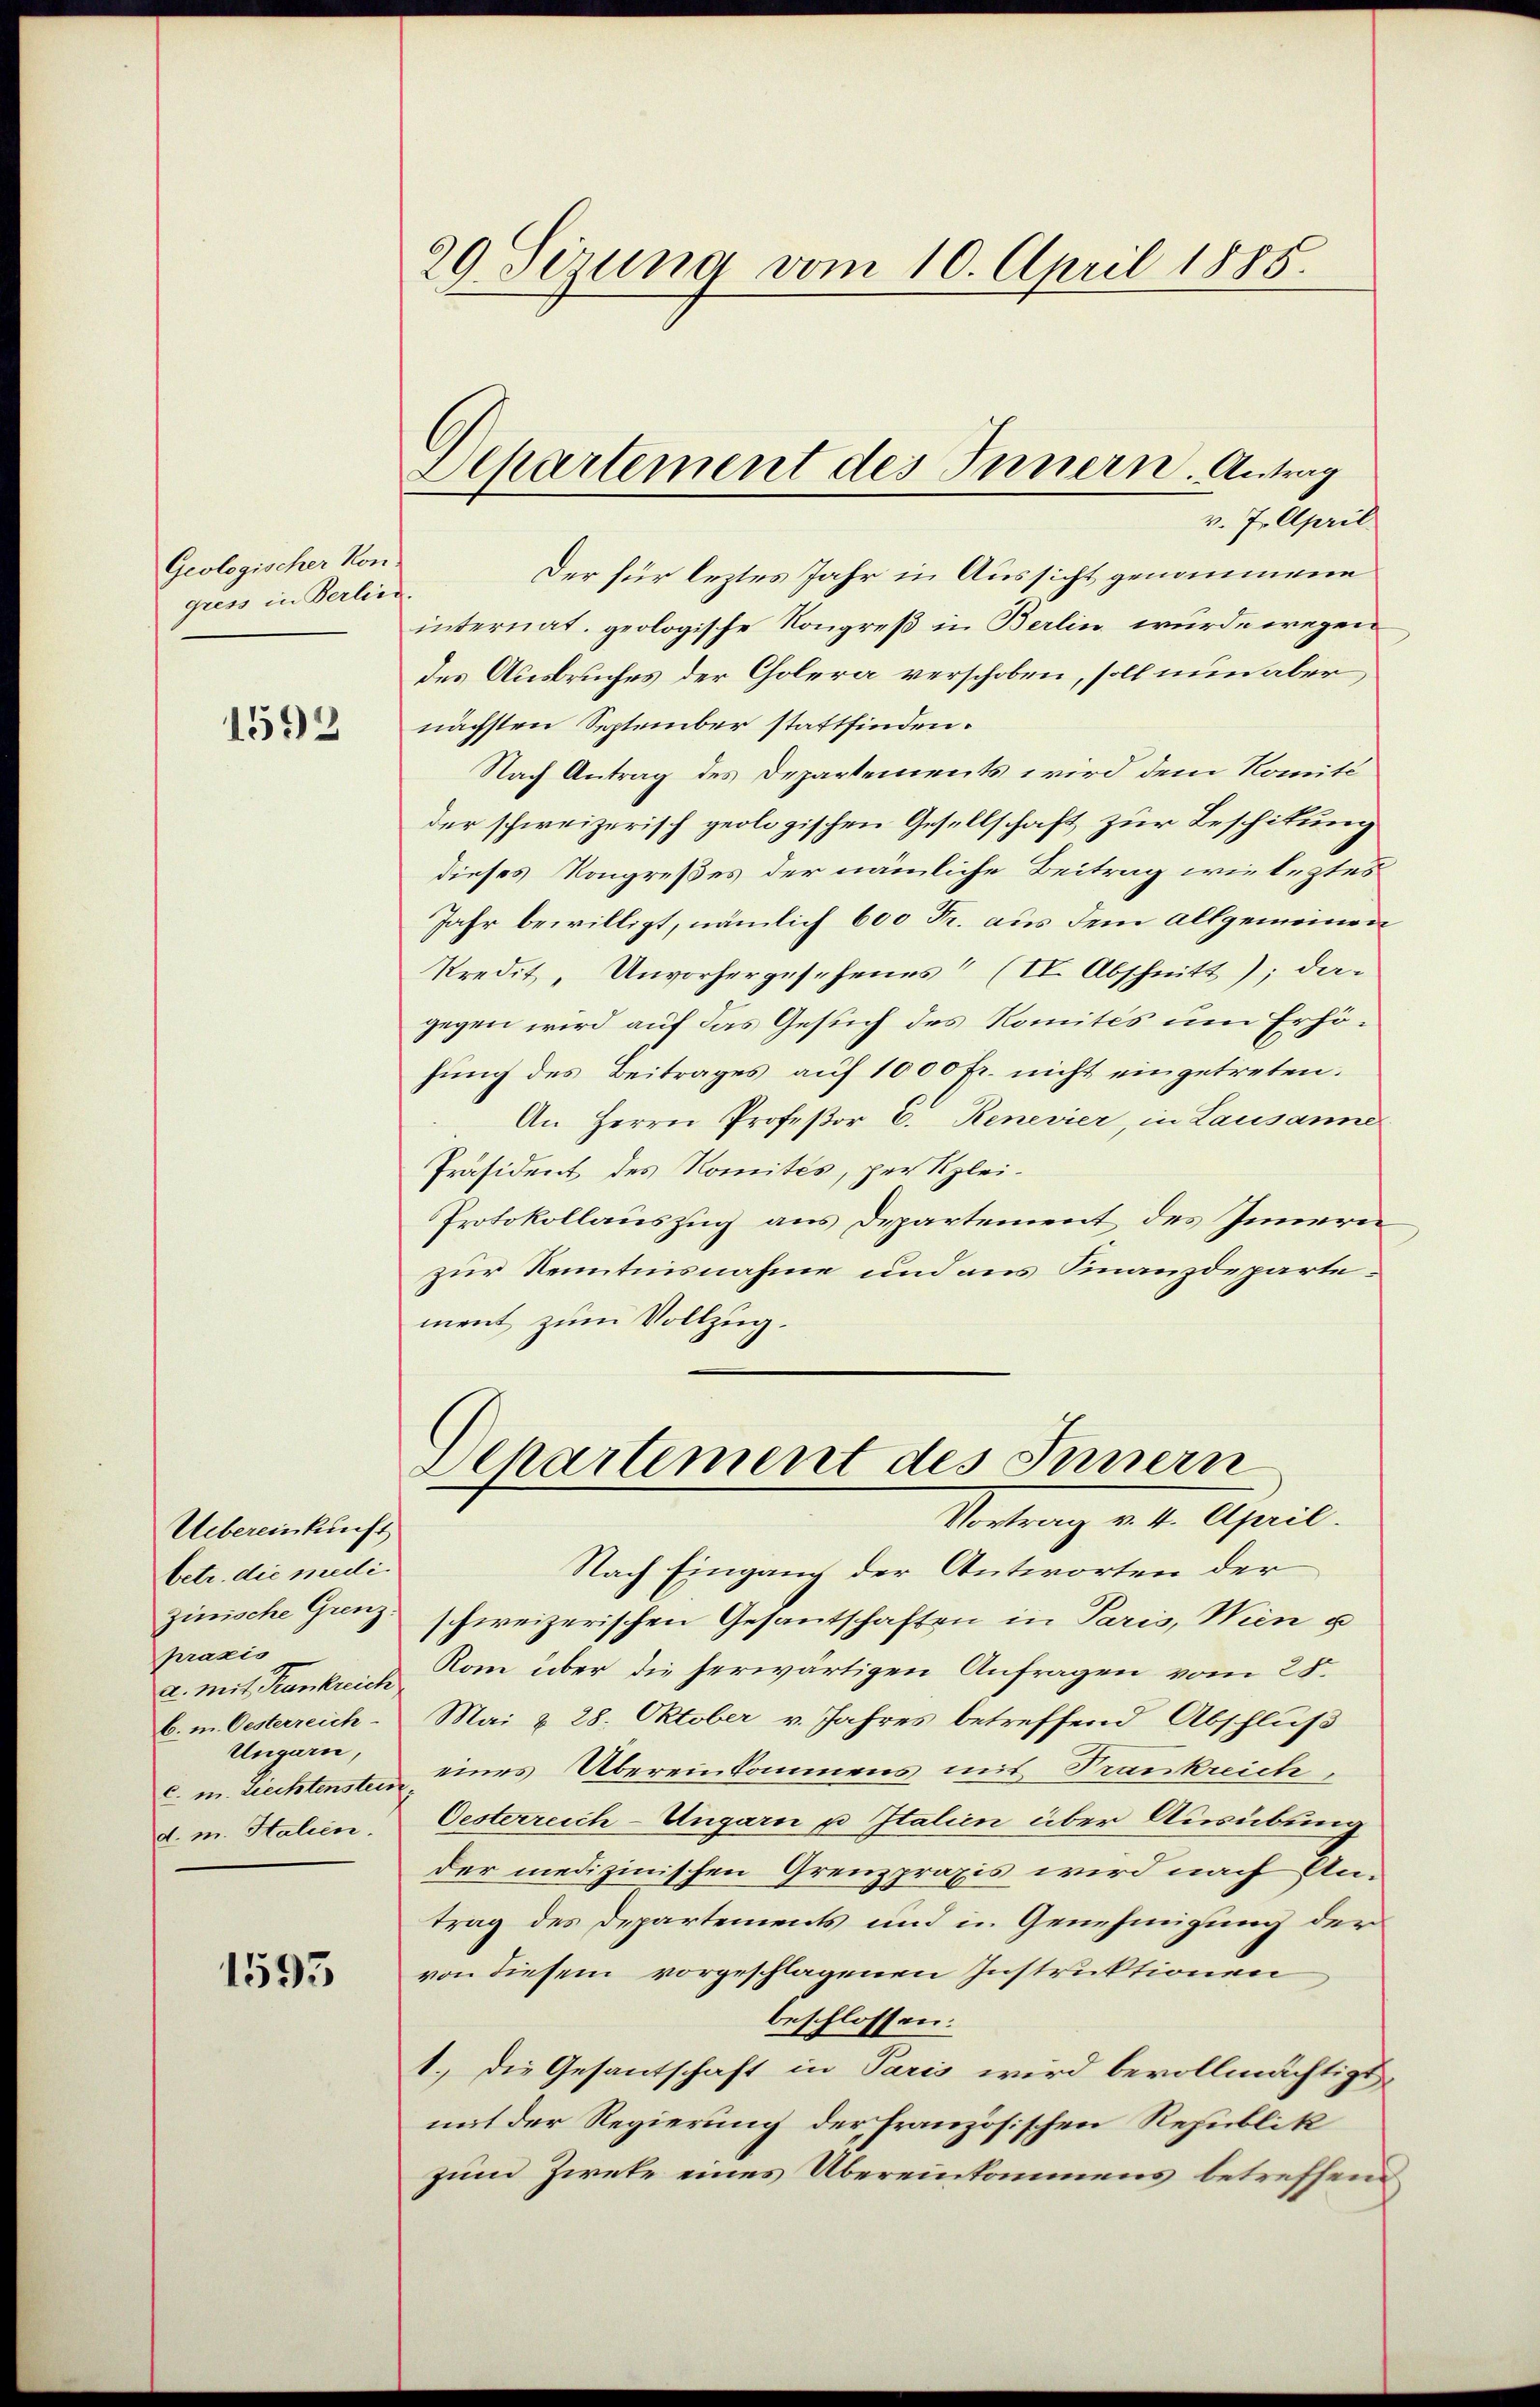
Geologischer Kon
giess in Verlied

1592

Uebereinkunft
betr. die medi
zinische Grenz.
praxis
b. m. Oesterreich
Ungarn,
d. m. Stalien.

1595

29 Sizung vom 10. April 1885.

v. 7. April
Der für leztes Jahr in Aussicht genommene
internat. geologische Kongreß in Berlin wurde wegen
des Ausbruches der Cholera verschoben, soll nun aber
nächsten September stattfinden.
Nach Antrag des Departements wird dem Nomité
der schweizerisch geologischen Gesellschaft zur Beschikung
dieses Kongreßes der nämliche Beitrag wie leztes
Jahr bewilligt, nämlich 600 Fr. aus dem allgemeinen
kredit, Unvorhergesehenes“ (IV. Abschnitt); dagegen wird auf das Gesuch des Romités um Erhöhung des Beitrages auf 1000 fr. nicht eingetreten.
An Herrn Profeßor C. Renevier, in Lausanne
Präsident des Komités, per Klei¬
Protokollauszug aus Departement des Innern
zur Kenntnisnahme und aus Finanzdepartement zum Vollzug.

Departement des Innern. Antrag

Departement des Innern
Vortrag v. 4. April.

Nach Eingang der Antworten der
schweizerischen Gesantschaften in Paris, Wien u
a. mit Krankreich Rom über die herwärtigen Anfragen vom 25.
Mai & 28. Oktober v. Jahres betreffend Abschluß
m. Ziechtensten eines Übereinkommens mit Trankreich
Oesterreich-Ungarn u Italien über Ausübung
der medizinischen Grenzpraxis wird nach Antrag des Departements und in Genehmigung der
von diesem vorgeschlagenen Instruktionen
beschlossen:
1.) Die Gesantschaft in Paris wird bevollmächtigt,
mit der Regierung der französischen Republik
zum Zweke eines Übereinkommens betreffend